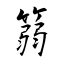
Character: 篛